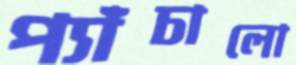
প্যাঁচালো